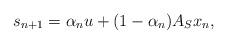
LaTeX: \begin{align*}s_{n+1}=\alpha_{n}u+(1-\alpha_{n})A_Sx_{n},\end{align*}